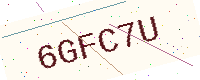
Text: 6GFC7U